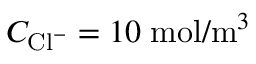
C _ { { \mathrm { C l } } ^ { - } } = 1 0 \; \mathrm { m o l } / \mathrm { m } ^ { 3 }